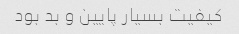
کیفیت بسیار پایین و بد بود